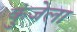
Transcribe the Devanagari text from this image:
कुंजेला